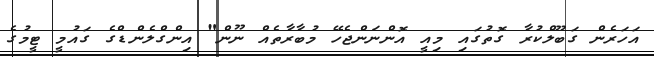
އަހަރެން ގަބޫލްކުރާ ގޮތުގައި މިއީ އޮންނަންޖެހޭ މުބާރާތެއް ނޫން" އިންގްލެންޑްގެ ގައުމީ ޓީމުގެ